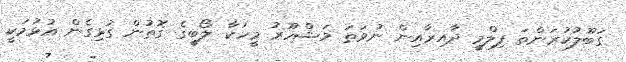
ގަބޫލުކުރަންތަ ފިލްމީ ދާއިރާއިން ނުވަތަ މަޝްހޫރު މީހަކާ ލޯބީގެ ގޮތުން ގުޅިގެން އުޅުމަކީ